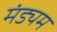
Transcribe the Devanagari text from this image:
मंड्यम